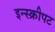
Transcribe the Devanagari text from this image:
इन्स्क्रीपट